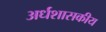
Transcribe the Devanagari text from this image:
अर्धशासकीय